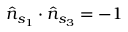
\hat { n } _ { s _ { 1 } } \cdot \hat { n } _ { s _ { 3 } } = - 1